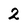
Character: 2